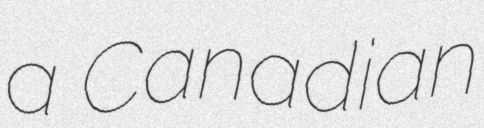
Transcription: a Canadian